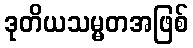
ဒုတိယသမ္မတအဖြစ်